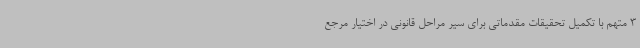
3 متهم با تکمیل تحقیقات مقدماتی برای سیر مراحل قانونی در اختیار مرجع